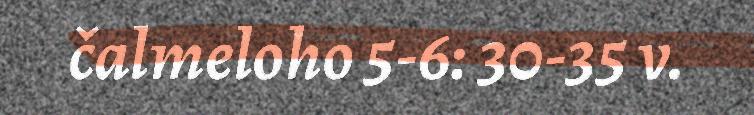
čalmeloho 5-6: 30-35 v.